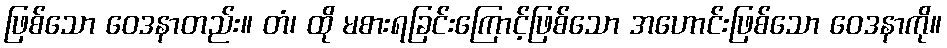
ဖြစ်သော ဝေဒနာတည်း။ တံ၊ ထို မစားရခြင်းကြောင့်ဖြစ်သော အဟောင်းဖြစ်သော ဝေဒနာကို။